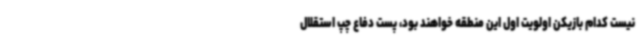
نیست کدام بازیکن اولویت اول این منطقه خواهند بود، پست دفاع چپ استقلال